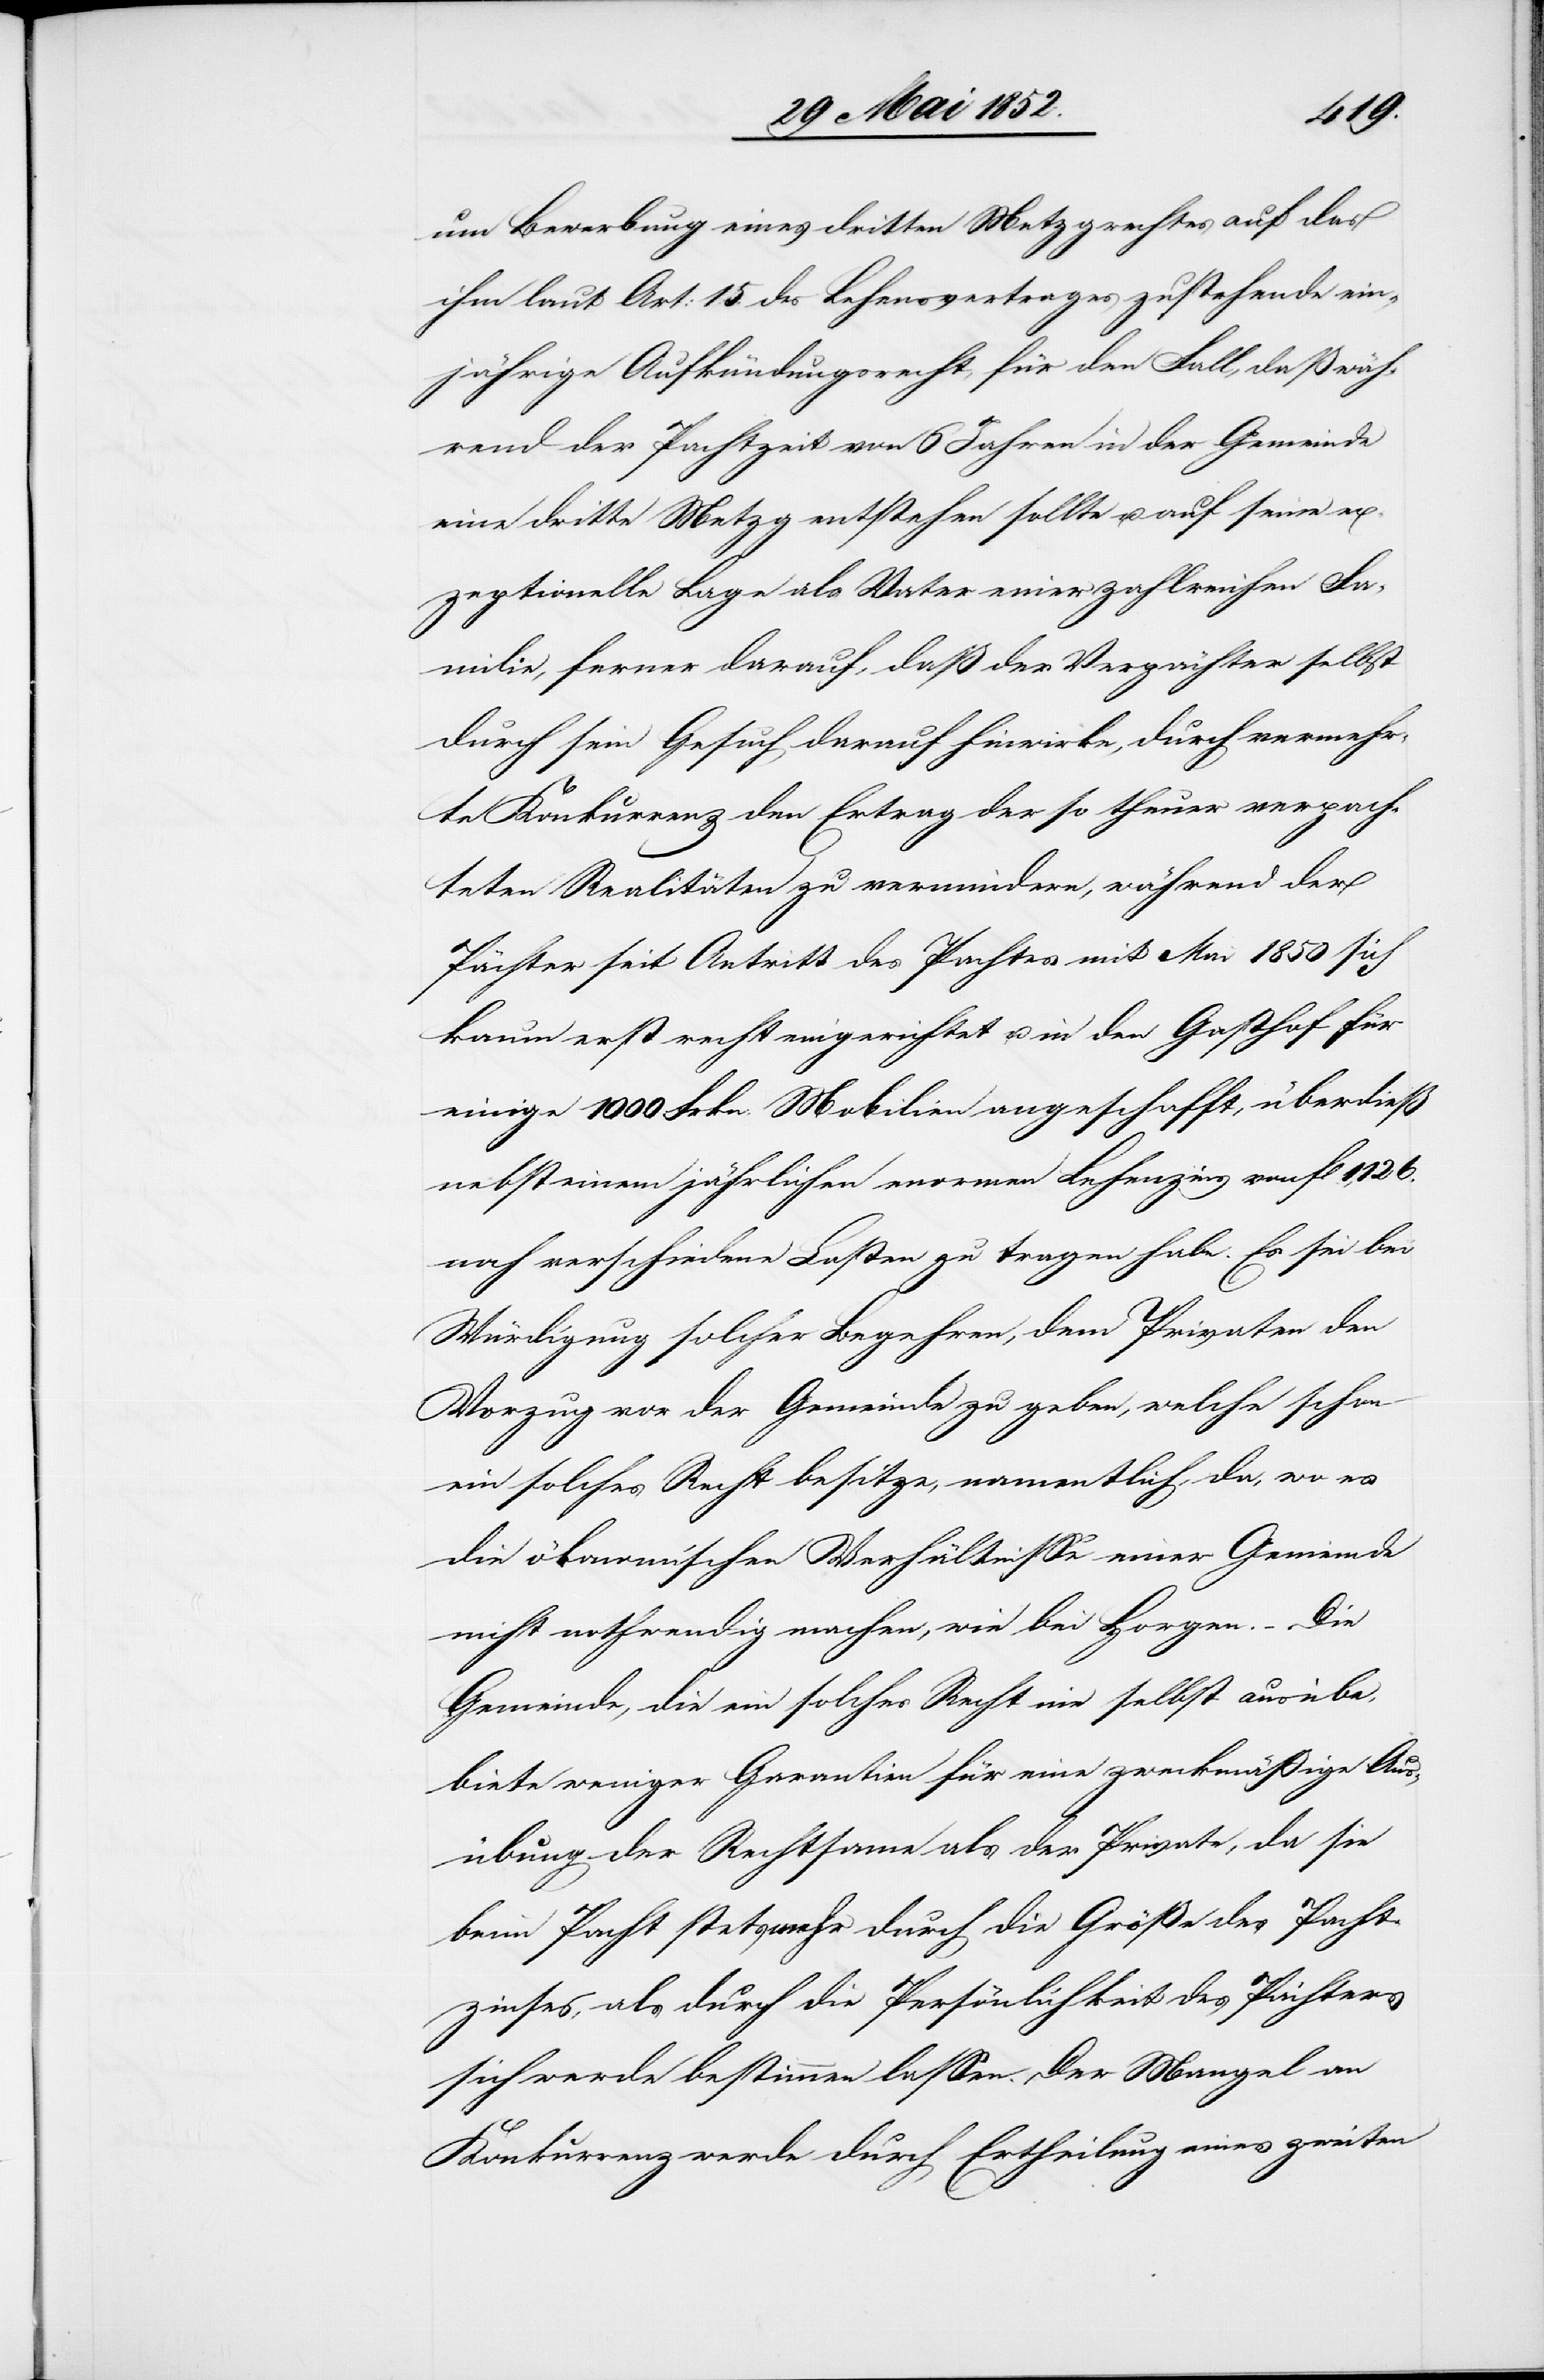
um Bewerbung eines dritten Metzgrechtes auf das
ihm laut Art: 15. des Lehensvertrages zustehende ein¬
jährige Aufkündungsrecht, für den Fall, daß wäh¬
rend der Pachtzeit von 6 Jahren in der Gemeinde
eine dritte Metzg entstehen sollte u. auf seine ex¬
zeptionelle Lage als Vater einer zahlreichen Fa¬
milie, ferner darauf, daß der Verpächter selbst
durch sein Gesuch darauf hinwirke, durch vermehr¬
te Konkurrenz den Ertrag der so theuer verpach¬
teten Realitäten zu vermindern, während der
Pächter seit Antritt des Pachtes mit Mai 1850 sich
kaum erst recht eingerichtet u. in den Gasthof für
einige 1000 Frkn. Mobilien angeschafft, überdieß
nebst einem jährlichen enormen Lehenzins von fl 1,126.
noch verschiedene Lasten zu tragen habe. Es sei bei
Würdigung solcher Begehren, dem Privaten den
Vorzug vor der Gemeinde zu geben, welche schon
ein solches Recht besitze, namentlich da, wo es
die ökonomischen Verhältnisse einer Gemeinde
nicht nothwendig machen, wie bei Horgen. – Die
Gemeinde, die ein solches Recht nie selbst ausübe,
biete weniger Garantie für eine zweckmäßige Aus¬
übung der Rechtsame als der Private, da sie
beim Pacht stets mehr durch die Größe des Pacht¬
zinses, als durch die Persönlichkeit des Pächters
sich werde bestimmen lassen. Der Mangel an
Konkurrenz werde durch Ertheilung eines zweiten